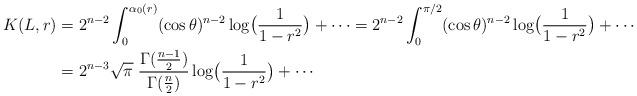
LaTeX: \begin{align*} K(L,r)&= 2^{n-2} \int_0^{\alpha_0(r)} (\cos\theta)^{n-2}\log\bigl(\dfrac{1}{1-r^2}\bigr)+\cdots = 2^{n-2} \int_0^{\pi/2} (\cos\theta)^{n-2}\log\bigl(\dfrac{1}{1-r^2}\bigr)+\cdots \\ &=2^{n-3}\sqrt{\pi}\; \frac{\Gamma(\frac{n-1}2)}{\Gamma(\frac n2)} \log\bigl(\dfrac{1}{1-r^2}\bigr)+\cdots \end{align*}